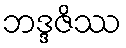
ဘဒ္ဒဇိဿ